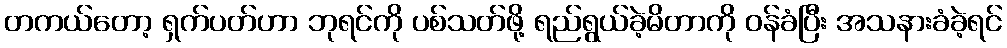
တကယ်တော့ ရှက်ပတ်ဟာ ဘုရင်ကို ပစ်သတ်ဖို့ ရည်ရွယ်ခဲ့မိတာကို ဝန်ခံပြီး အသနားခံခဲ့ရင်